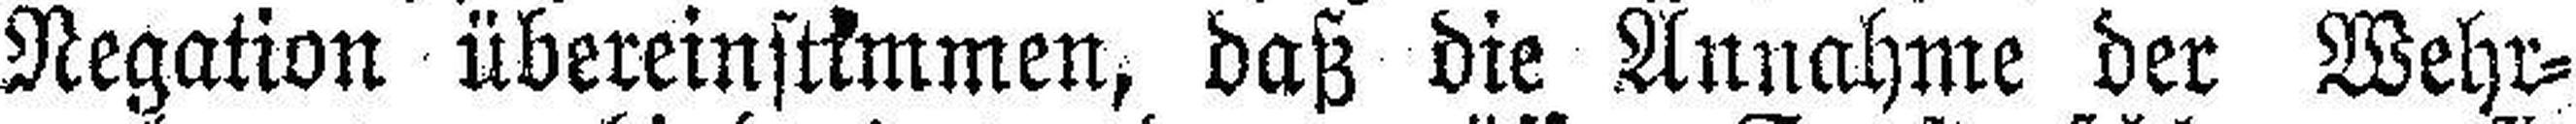
Negation übereinstimmen, daß die Annahme der Wehr¬